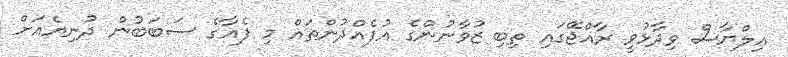
އިލްޔާސް ވިދާޅުވީ ރާއްޖޭގައި ތިބި ޒުވާނުންގެ އުފެއްދުންތައް މި ފެއާގެ ސަބަބުން ދުނިޔެއަށް